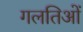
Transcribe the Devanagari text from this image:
गलतिओं